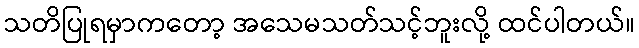
သတိပြုရမှာကတော့ အသေမသတ်သင့်ဘူးလို့ ထင်ပါတယ်။